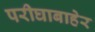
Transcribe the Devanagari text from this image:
परीघाबाहेर